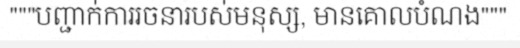
"""បញ្ជាក់ការរចនារបស់មនុស្ស, មានគោលបំណង"""